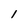
Character: I